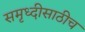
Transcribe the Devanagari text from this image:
समृध्दीसाठीच